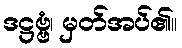
ဒဋ္ဌဗ္ဗံ၊ မှတ်အပ်၏။